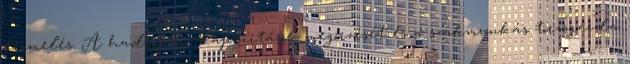
termelés. A hadiipari kapacitások megőrzését és a szakmunkás törzsgárda